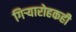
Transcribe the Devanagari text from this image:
गिऱ्यारोहकही